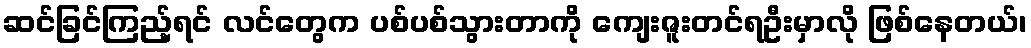
ဆင်ခြင်ကြည့်ရင် လင်တွေက ပစ်ပစ်သွားတာကို ကျေးဇူးတင်ရဦးမှာလို ဖြစ်နေတယ်၊